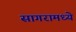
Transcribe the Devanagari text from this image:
सागरामध्ये